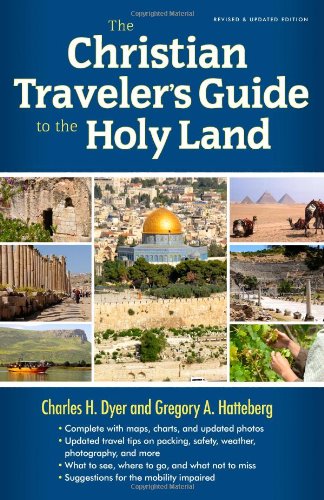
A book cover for The Christian Traveler's Guide to the Holy Land; Charles H. Dyer; Religion & Spirituality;